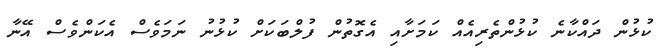
ކުޅުން ދައްކާނެ ކުޅުންތެރިއެއް ކަމަށާއި އެގޮތުން ފުލްބަކަށް ކުޅުނު ނަމަވެސް އެކަންވެސް އޭނާ